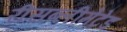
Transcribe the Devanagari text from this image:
रीसब्लीमेटेड